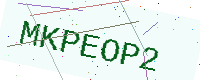
Text: MKPEOP2